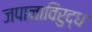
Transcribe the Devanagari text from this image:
जपानाविरुद्ध